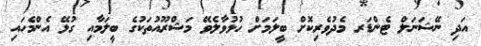
އަދި ނޭޝަނަލް ޓެންޑަރ މެދުވެރިކޮށް ބީލަމަށް ހުޅުވާލެވޭ މަޝްރޫއުތަކުގެ ބީލަމާއި ގުޅޭ އެންމެހައި